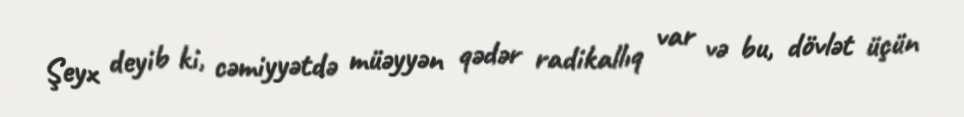
Şeyx deyib ki, cəmiyyətdə müəyyən qədər radikallıq var və bu, dövlət üçün